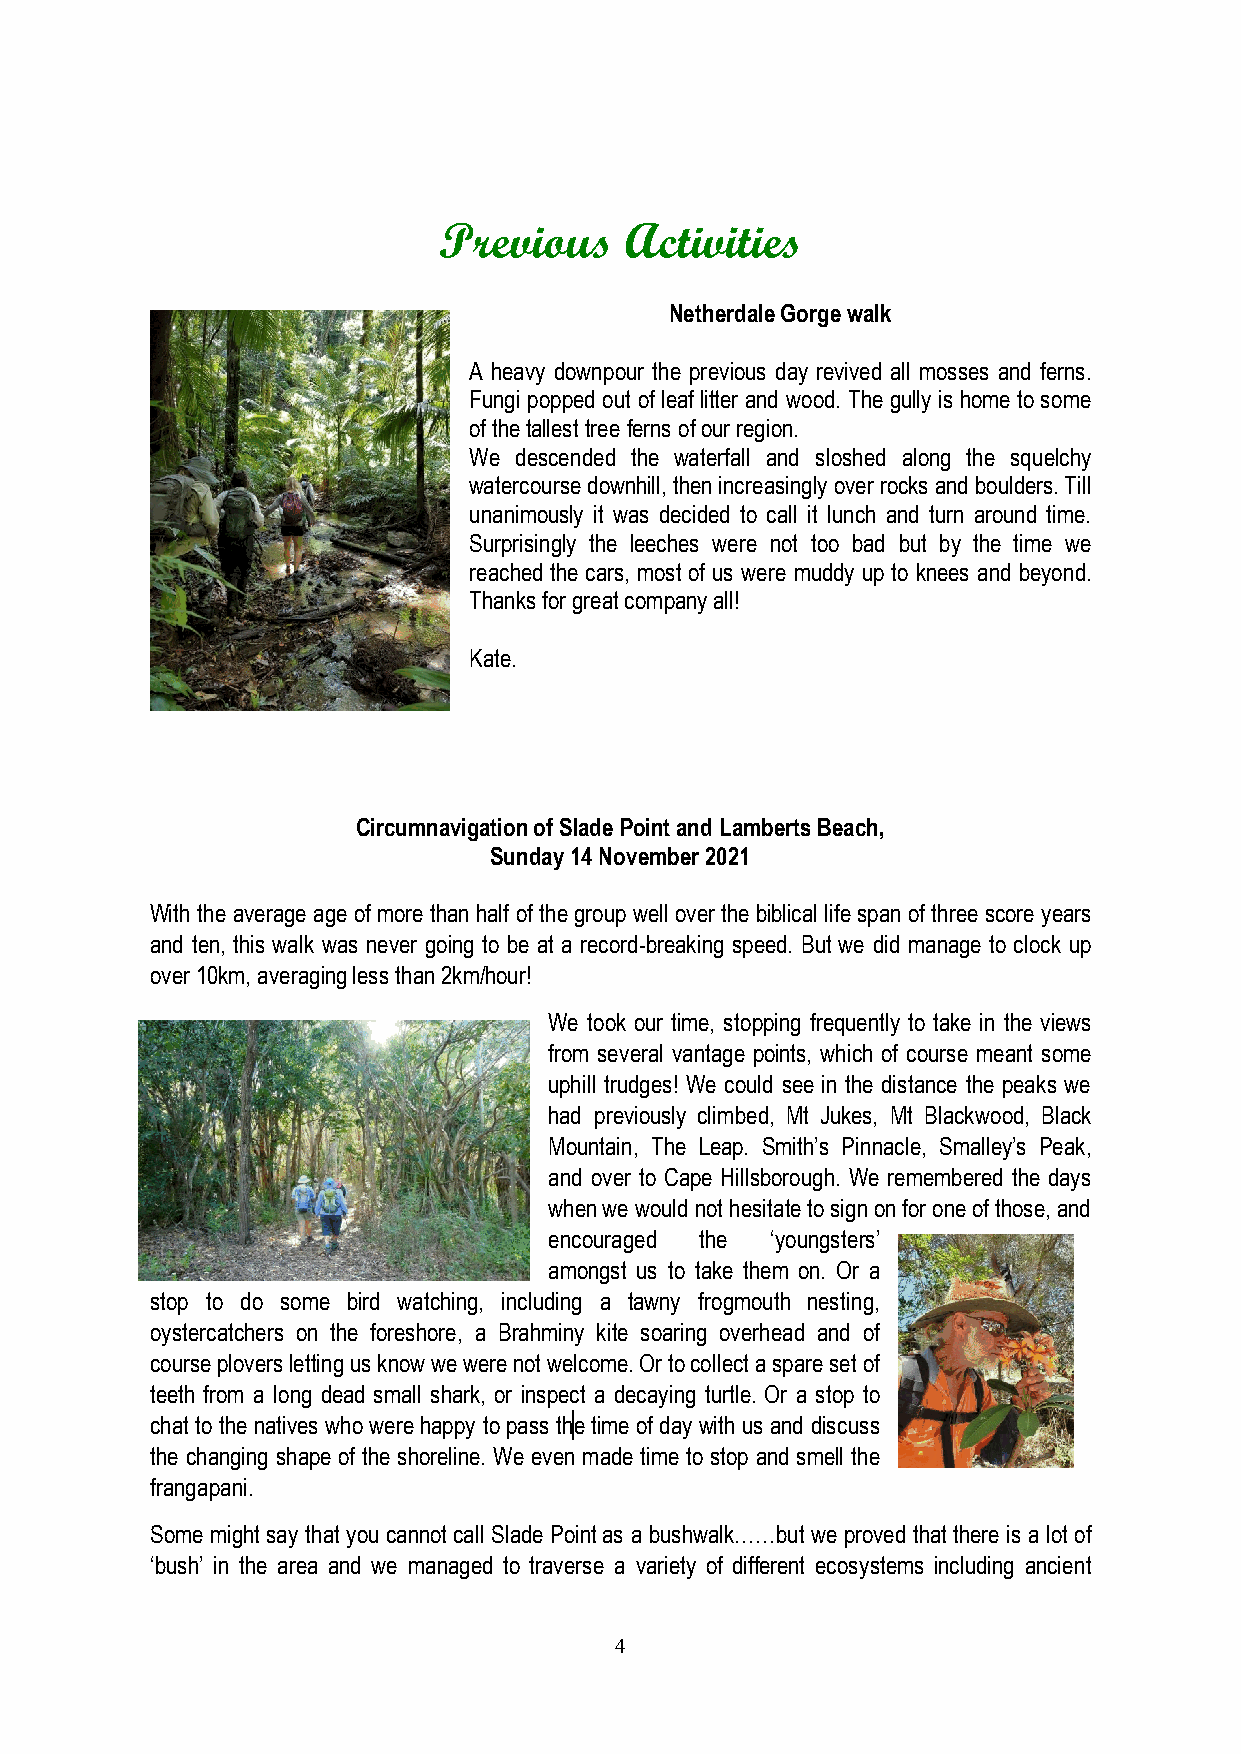
Previous    Activities
 Netherdale Gorge walk
 A heavy downpour the previous day revived all mosses and ferns.
 Fungi popped out of leaf litter and wood. The gully is home to some
 of the tallest tree ferns of our region.
 We descended the waterfall and sloshed along the squelchy
 watercourse downhill, then increasingly over rocks and boulders. Till
 unanimously it was decided to call it lunch and turn around time.
 Surprisingly the leeches were not too bad but by the time we
 reached the cars, most of us were muddy up to knees and beyond.
 Thanks for great company all!
 Kate.
 Circumnavigation of Slade Point and Lamberts Beach,
 Sunday 14 November 2021
 With the average age of more than half of the group well over the biblical life span of three score years
 and ten, this walk was never going to be at a record-breaking speed. But we did manage to clock up
 over 10km, averaging less than 2km/hour!
 We took our time, stopping frequently to take in the views
 from several vantage points, which of course meant some
 uphill trudges! We could see in the distance the peaks we
 had previously climbed, Mt Jukes, Mt Blackwood, Black
 Mountain, The Leap. Smith’s Pinnacle, Smalley’s Peak,
 and over to Cape Hillsborough. We remembered the days
 when we would not hesitate to sign on for one of those, and
 encouraged the ‘youngsters’
 amongst us to take them on. Or a
 stop to do some bird watching, including a tawny frogmouth nesting,
 oystercatchers on the foreshore, a Brahminy kite soaring overhead and of
 course plovers letting us know we were not welcome. Or to collect a spare set of
 teeth from a long dead small shark, or inspect a decaying turtle. Or a stop to
 chat to the natives who were happy to pass the time of day with us and discuss
 the changing shape of the shoreline. We even made time to stop and smell the
 frangapani.
 Some might say that you cannot call Slade Point as a bushwalk……but we proved that there is a lot of
 ‘bush’ in the area and we managed to traverse a variety of different ecosystems including ancient
 4